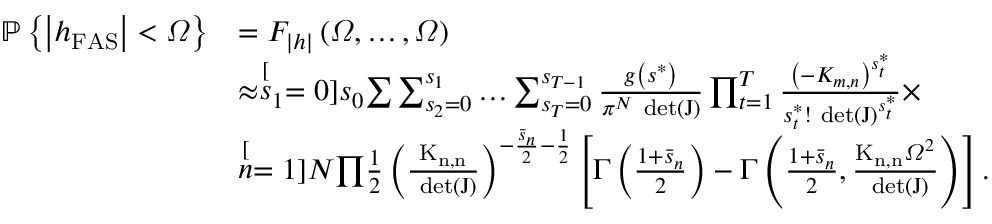
\begin{array} { r l } { \mathcal { \mathbb { P } } \left\{ \left| h _ { \mathrm { { F A S } } } \right| < \varOmega \right\} } & { = F _ { \left| \boldsymbol { h } \right| } \left( \varOmega , \ldots , \varOmega \right) } \\ & { \approx \stackrel [ s _ { 1 } = 0 ] { s _ { 0 } } { \sum } \sum _ { s _ { 2 } = 0 } ^ { s _ { 1 } } \ldots \sum _ { s _ { T } = 0 } ^ { s _ { T - 1 } } \frac { g \left( \boldsymbol { s } ^ { * } \right) } { \pi ^ { N } \mathrm { \mathrm { ~ { d e t } } \ensuremath { \left( \boldsymbol { J } \right) } } } \prod _ { t = 1 } ^ { T } \frac { \left( - K _ { m , n } \right) ^ { s _ { t } ^ { * } } } { s _ { t } ^ { * } ! \mathrm { \mathrm { ~ { d e t } } \ensuremath { \left( \boldsymbol { J } \right) } } ^ { s _ { t } ^ { * } } } \times } \\ & { \stackrel [ n = 1 ] { N } { \prod } \frac { 1 } { 2 } \left( \frac { \mathrm { \ensuremath { K _ { n , n } } } } { \mathrm { \mathrm { ~ { d e t } } \ensuremath { \left( \boldsymbol { J } \right) } } } \right) ^ { - \frac { \bar { s } _ { n } } { 2 } - \frac { 1 } { 2 } } \left[ \Gamma \left( \frac { 1 + \bar { s } _ { n } } { 2 } \right) - \Gamma \left( \frac { 1 + \bar { s } _ { n } } { 2 } , \frac { \mathrm { \ensuremath { K _ { n , n } } } \varOmega ^ { 2 } } { \mathrm { \mathrm { ~ { d e t } } \ensuremath { \left( \boldsymbol { J } \right) } } } \right) \right] . } \end{array}